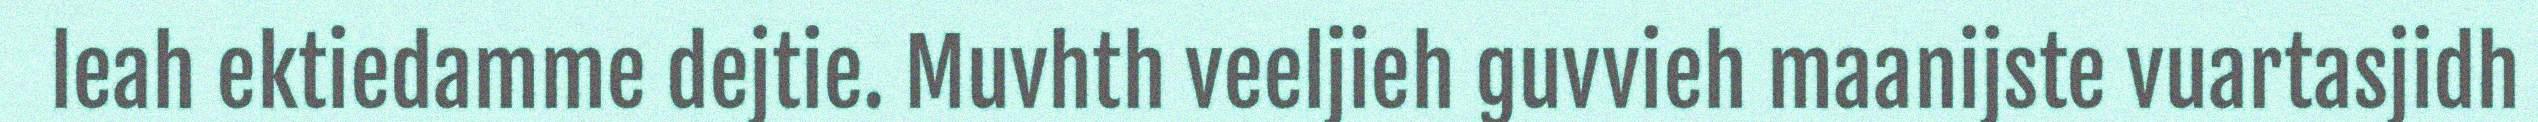
leah ektiedamme dejtie. Muvhth veeljieh guvvieh maanijste vuartasjidh